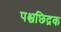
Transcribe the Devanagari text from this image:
पश्चछिद्रक